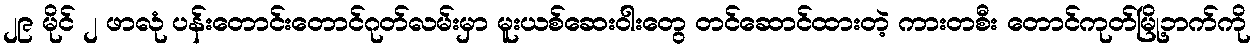
၂၉ မိုင် ၂ ဖာလုံ ပန်းတောင်းတောင်ဂုတ်လမ်းမှာ မူးယစ်ဆေးဝါးတွေ တင်ဆောင်ထားတဲ့ ကားတစီး တောင်ကုတ်မြို့ဘက်ကို